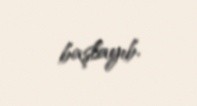
başlayıb.